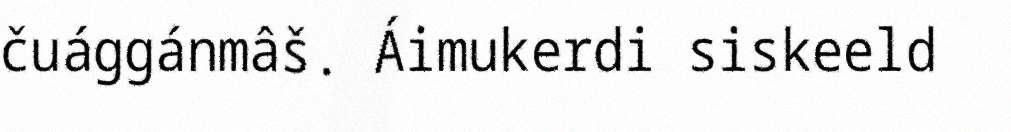
čuággánmâš. Áimukerdi siskeeld